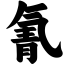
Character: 氰